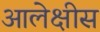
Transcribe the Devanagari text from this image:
आलेक्षीस